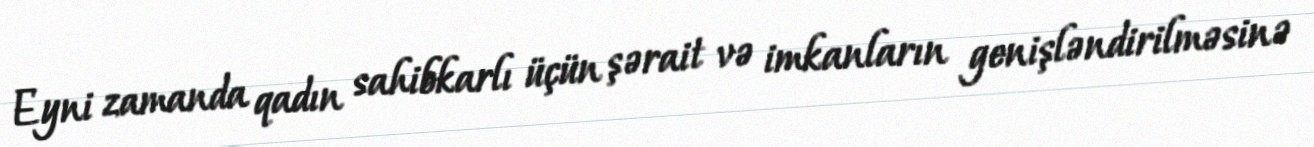
Eyni zamanda qadın sahibkarlı üçün şərait və imkanların genişləndirilməsinə